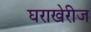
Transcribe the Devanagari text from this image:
घराखेरीज